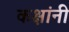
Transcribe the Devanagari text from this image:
कक्षांनी